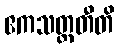
ဧကသတ္တတီတိ